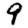
Digit: 9